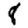
Digit: 8